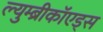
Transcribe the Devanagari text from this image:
ल्युम्ब्रीकॉएड्स